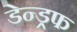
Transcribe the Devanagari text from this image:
डेन्ड्रफ